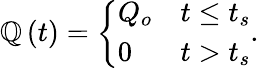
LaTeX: \mathbb{Q}\left(t\right)=\left\{ \begin{array}{ll}{Q_{o}}&{t\leq t_{s}}\\ {0}&{t>t_{s}}\end{array}\right..